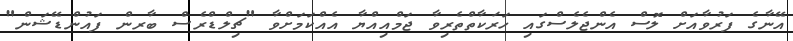
އޭނާގެ ފަރުވާއަށް ލޮސް އެންޖެލެސްގައި ހަރަކާތްތެރިވާ ޖަމްއިއްޔާ އެއްކަމަށްވާ "ޗިލްޑްރެސް ބާރން ފައުންޑޭޝަން"